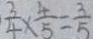
\frac { 3 } { 4 } \times \frac { 4 } { 5 } = \frac { 3 } { 5 }